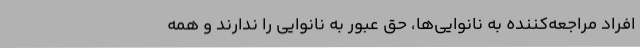
افراد مراجعه‌کننده به نانوایی‌ها، حق عبور به نانوایی را ندارند و همه